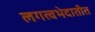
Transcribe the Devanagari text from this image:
लगत्वभेदातीत